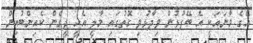
އޭގެ މާނައަކީ އެ ބޭފުޅުން ވިދާޅުވި ގޮތުގައި މާލީ އެހީ ދީގެން ކެއިންބުއިން